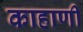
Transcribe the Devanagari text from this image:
काहाणी